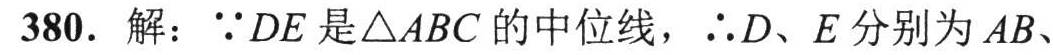
380. 解：\(\because DE\)是\(\triangle ABC\)的中位线，\(\therefore D、E\)分别为\(AB\)、